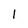
Character: 1